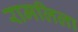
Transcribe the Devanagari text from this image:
रामलिला